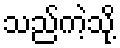
သည်ကဲ့သို့